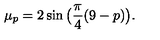
\mu _ { p } = 2 \sin \big ( \frac { \pi } { 4 } ( 9 - p ) \big ) .